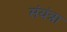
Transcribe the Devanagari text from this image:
संयंत्रा